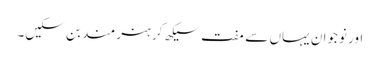
اور نوجوان یہاں سے مفت سیکھ کر ہنر مند بن سکیں۔